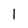
Character: 1